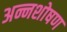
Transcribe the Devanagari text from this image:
अन्नशोषण